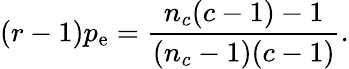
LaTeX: (r-1)p_{\mathrm{e}}=\frac{n_{c}(c-1)-1}{(n_{c}-1)(c-1)}.